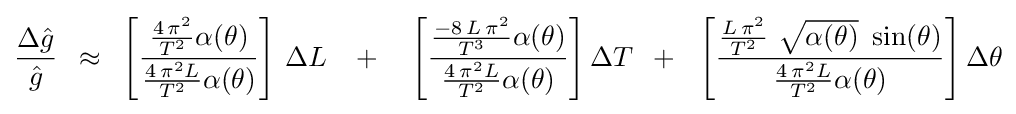
{{\Delta {\hat {g}}} \over {\hat {g}}}\,\,\,\approx \,\,\,\left[{{{{4\,\pi ^{2}} \over {T^{2}}}\alpha (\theta )} \over {{{4\,\pi ^{2}L} \over {T^{2}}}\alpha (\theta )}}\right]\,\Delta L\,\,\,\,\,+\,\,\,\,\,\,\left[{{{{-8\,L\,\pi ^{2}} \over {T^{3}}}\alpha (\theta )} \over {{{4\,\pi ^{2}L} \over {T^{2}}}\alpha (\theta )}}\right]\Delta T\,\,\,+\,\,\,\,\left[{{{{L\,\pi ^{2}} \over {T^{2}}}\,\,{\sqrt {\alpha (\theta )}}\,\,\sin(\theta )} \over {{{4\,\pi ^{2}L} \over {T^{2}}}\alpha (\theta )}}\right]\Delta \theta